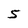
Character: 5